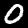
Label: 0